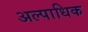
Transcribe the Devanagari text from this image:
अल्पाधिक